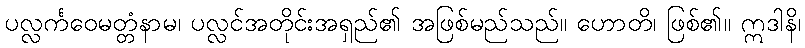
ပလ္လင်္ကဝေမတ္တံနာမ၊ ပလ္လင်အတိုင်းအရှည်၏ အဖြစ်မည်သည်။ ဟောတိ၊ ဖြစ်၏။ ဣဒါနိ၊